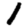
Digit: 1